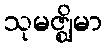
သုမဇ္ဈိမာ